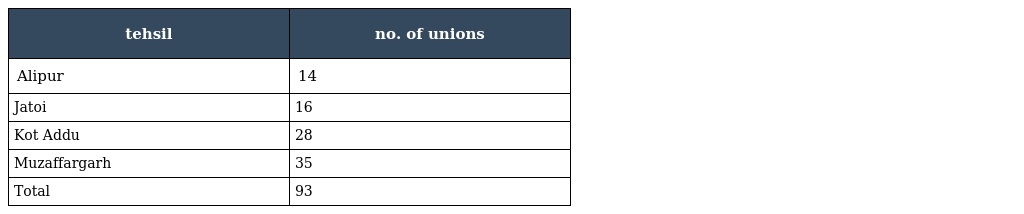
| tehsil | no. of unions |
 | --- | --- |
 | Alipur | 14 |
 | Jatoi | 16 |
 | Kot Addu | 28 |
 | Muzaffargarh | 35 |
 | Total | 93 |